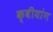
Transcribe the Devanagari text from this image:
क्वीयांग